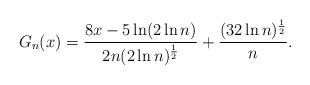
LaTeX: \begin{align*} G_n(x)=\frac{8x-5\ln(2\ln n)}{2n(2\ln n)^{\frac{1}{2}}}+\frac{(32\ln n)^{\frac{1}{2}}}{n}.\end{align*}